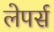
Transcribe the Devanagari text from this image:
लेपर्स